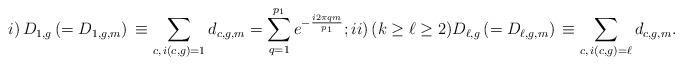
LaTeX: \begin{align*}i)\,D_{1, g}\,(=D_{1,g, m})\,\equiv\sum_{c,\, i(c, g)=1}d_{c,g, m}=\sum_{q=1}^{p_1}e^{-\frac{i2\pi qm}{p_1}};ii)\,(k\ge\ell\ge 2)D_{\ell, g}\,(=D_{\ell,g, m})\,\equiv\sum_{c,\, i(c, g)=\ell}d_{c,g, m}.\end{align*}